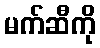
မက်ဆီကို